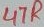
Text: 47R